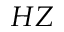
H Z